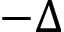
- \Delta